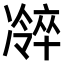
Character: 𫥜